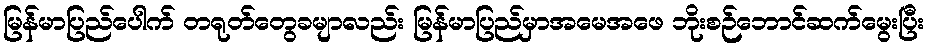
မြန်မာပြည်ပေါက် တရုတ်တွေခမျာလည်း မြန်မာပြည်မှာအမေအဖေ ဘိုးစဉ်ဘောင်ဆက်မွေးပြီး